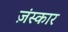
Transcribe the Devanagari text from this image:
ज़ंस्कार